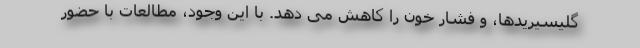
گلیسیریدها، و فشار خون را کاهش می دهد. با این وجود، مطالعات با حضور